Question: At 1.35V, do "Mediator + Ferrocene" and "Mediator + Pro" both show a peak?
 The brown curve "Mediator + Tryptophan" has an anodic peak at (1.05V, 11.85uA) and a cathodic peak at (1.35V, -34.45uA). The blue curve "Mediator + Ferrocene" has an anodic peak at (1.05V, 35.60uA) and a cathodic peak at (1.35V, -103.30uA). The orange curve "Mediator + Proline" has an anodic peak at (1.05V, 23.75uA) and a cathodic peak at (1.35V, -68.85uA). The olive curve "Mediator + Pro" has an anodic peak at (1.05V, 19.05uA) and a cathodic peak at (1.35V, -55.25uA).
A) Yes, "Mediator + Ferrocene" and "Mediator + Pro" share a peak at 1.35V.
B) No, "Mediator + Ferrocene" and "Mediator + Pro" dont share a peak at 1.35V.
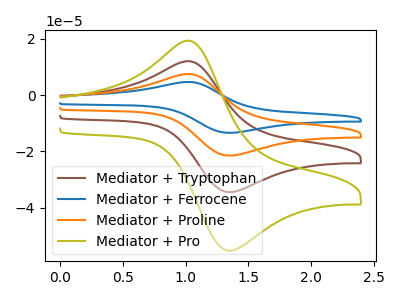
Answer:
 <answer>B) No, "Mediator + Ferrocene" and "Mediator + Pro" dont share a peak at 1.35V.</answer>
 <eval>B</eval>